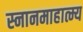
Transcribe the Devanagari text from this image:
स्नानमाहात्म्य